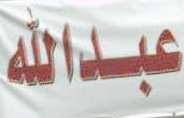
عبدالله